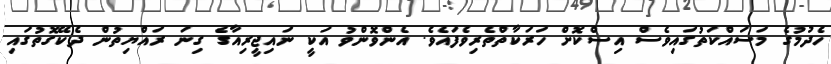
ހެދުމުގެ މަސައްކަތުގައިވެސް އިސްކޮށް ހަރަކާތްތެރިވެފައެވެ. އެންވޮންވު އަކީ ނައިޖީރިއާގެ ގިނަ ރައްޔިތުން ދެކޭގޮތުގައި